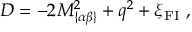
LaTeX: D = - 2 M _ { \{ \alpha \beta \} } ^ { 2 } + q ^ { 2 } + \xi _ { \mathrm { { \small F I } } } ~ ,